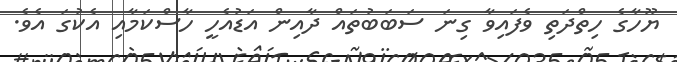
ޔޫހާގެ ހިތްދަތި ވެފައިވާ ގިނަ ސަބަބުތައް ދާއިން އަޑުއެހީ ހާސްކަމާއި އެކުގަ އެވެ.